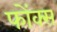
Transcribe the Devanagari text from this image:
फोंक्स